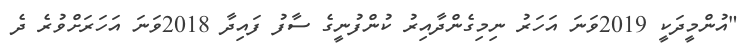
"އުންމީދަކީ 2019ވަނަ އަހަރު ނިމިގެންދާއިރު ކުންފުނީގެ ސާފު ފައިދާ 2018ވަނަ އަހަރަށްވުރެ ދެ